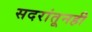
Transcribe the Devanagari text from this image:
सदरांतूनही